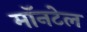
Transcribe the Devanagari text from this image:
मॉनटेल